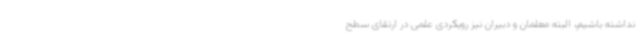
نداشته باشیم، البته معلمان و دبیران نیز رویکردی علمی در ارتقای سطح